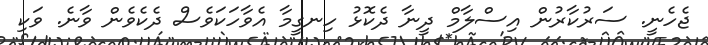
ޖެހެނީ. ސަރުކާރުން އިސްލާމް ދީނާ ދެކޮޅު ހިނގީމާ އެވާހަކަވެސް ދެކެވެން ވާނެ. ވަކި